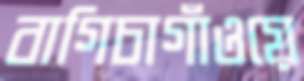
বাগিচাগাঁওয়ে